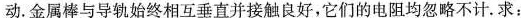
动。金属棒与导轨始终相互垂直并接触良好，它们的电阻均忽略不计.求：